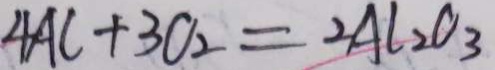
4 A l + 3 O _ { 2 } = 2 A l _ { 2 } O _ { 3 }